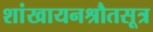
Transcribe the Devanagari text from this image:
शांखायनश्रौतसूत्र